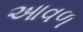
આવળ